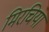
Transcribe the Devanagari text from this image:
मिरचिया